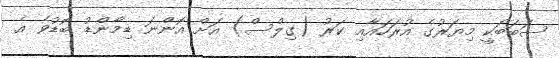
ސަބަބަކީ މިޔަރުގެ އުރަހައާއި ކަރު (ގިލްސް) އަށް އޮންނަ ޑިމާންޑު ބޮޑުވެ އެ